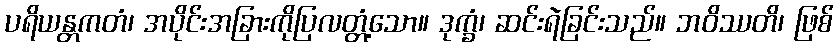
ပရိယန္တကတံ၊ အပိုင်းအခြားကိုပြလတ္တံ့သော။ ဒုက္ခံ၊ ဆင်းရဲခြင်းသည်။ ဘဝိဿတိ၊ ဖြစ်